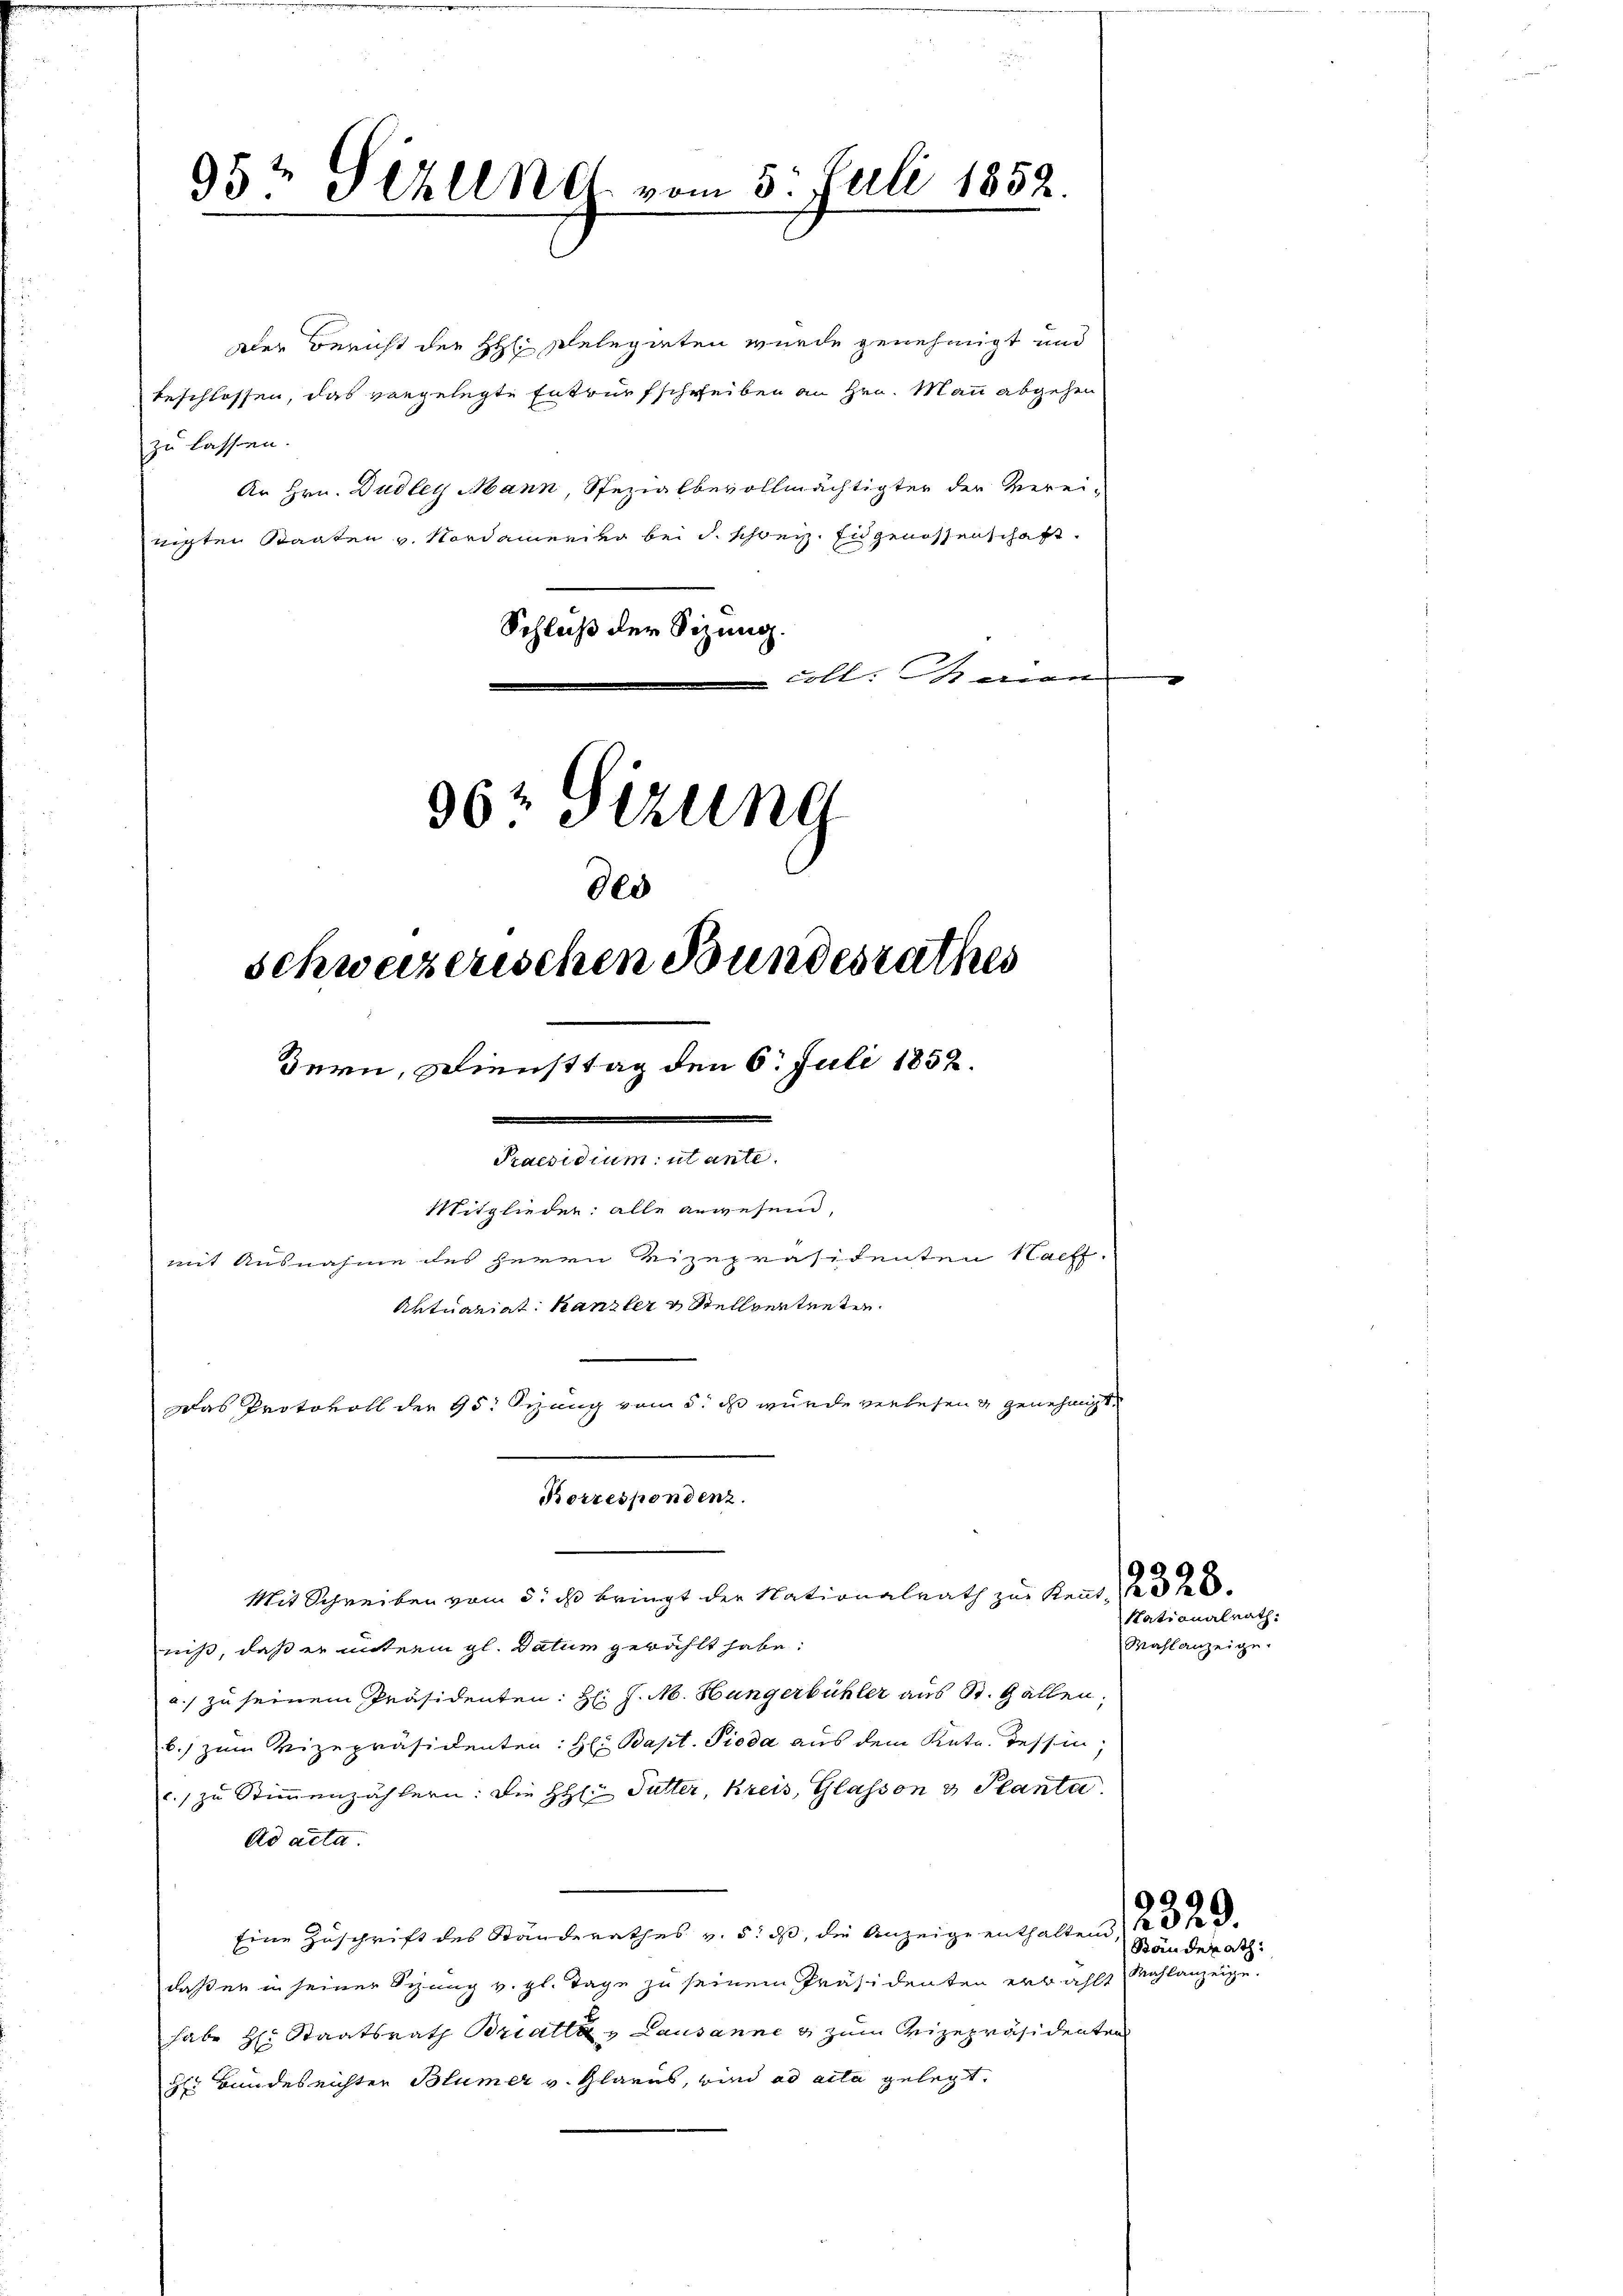
95t Fehlen vom 5. Juli 1852.

Der Bericht der H: Pelegieten wurde genehmigt und
beschlossen, das vorgelegte Entwurfschreiben an Hrn. Mann abgehen
zu lassen. |
An Hrn. Dudley Mann, Spezialbevollmächtigter der Vereirechten Staaten v. Nordamerier bei d. schweiz. Eidgenossenschaft.
Schluß der Sizung.
coll. Marian
962 Sizung

des
schweizerischen Bundesrathes
Bern, Diensttag den 6. Juli 1852.

Praesidium ut ante.
Mitglieder: alle anwesend,
mit Ausnahme des Herrn Vizepräsidenten Nacht.
Aktuariat Kanzler & Stellvertente
Das Protokoll der 95: Sizung vom 5. ds wurde verlesen & genehmigt

Korrespondenz.
Mit Schreiben vom 5. ist bringt der Nationalrath zur Kennt,

niß, daß er unterm gl. Datum gewählt habe:
a.) zu seinem Präsidenten: H: J. M. Hängerbühler aus St. Gallen.
b. zum Vizepräsidenten: Hl. Bapt. Tieda aus dem Kate. Tessin,
c. zu Stimmenzählern: Die HHl: Tutter, Kreis, Glasson v. Planta.
Ad acta.
Eine Zuschrift des Ständerathes v. 5. ds, die Anzeige enthalten
daß er in seiner Sitzung v. gl. Tage zu seinem Präsidenten erwählt
habe H: Staatsrath Bratte u Lausanne & zum Vizepräsidenten
H Bundesrichter Blümer v. Glarus, wind ad acta gelegt.

Nationalrath.
Wahlanzeige.

Ständerath:
Mahlanzeige.